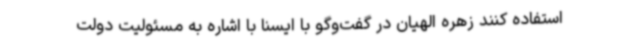
استفاده کنند زهره الهیان در گفت‌وگو با ایسنا با اشاره به مسئولیت دولت